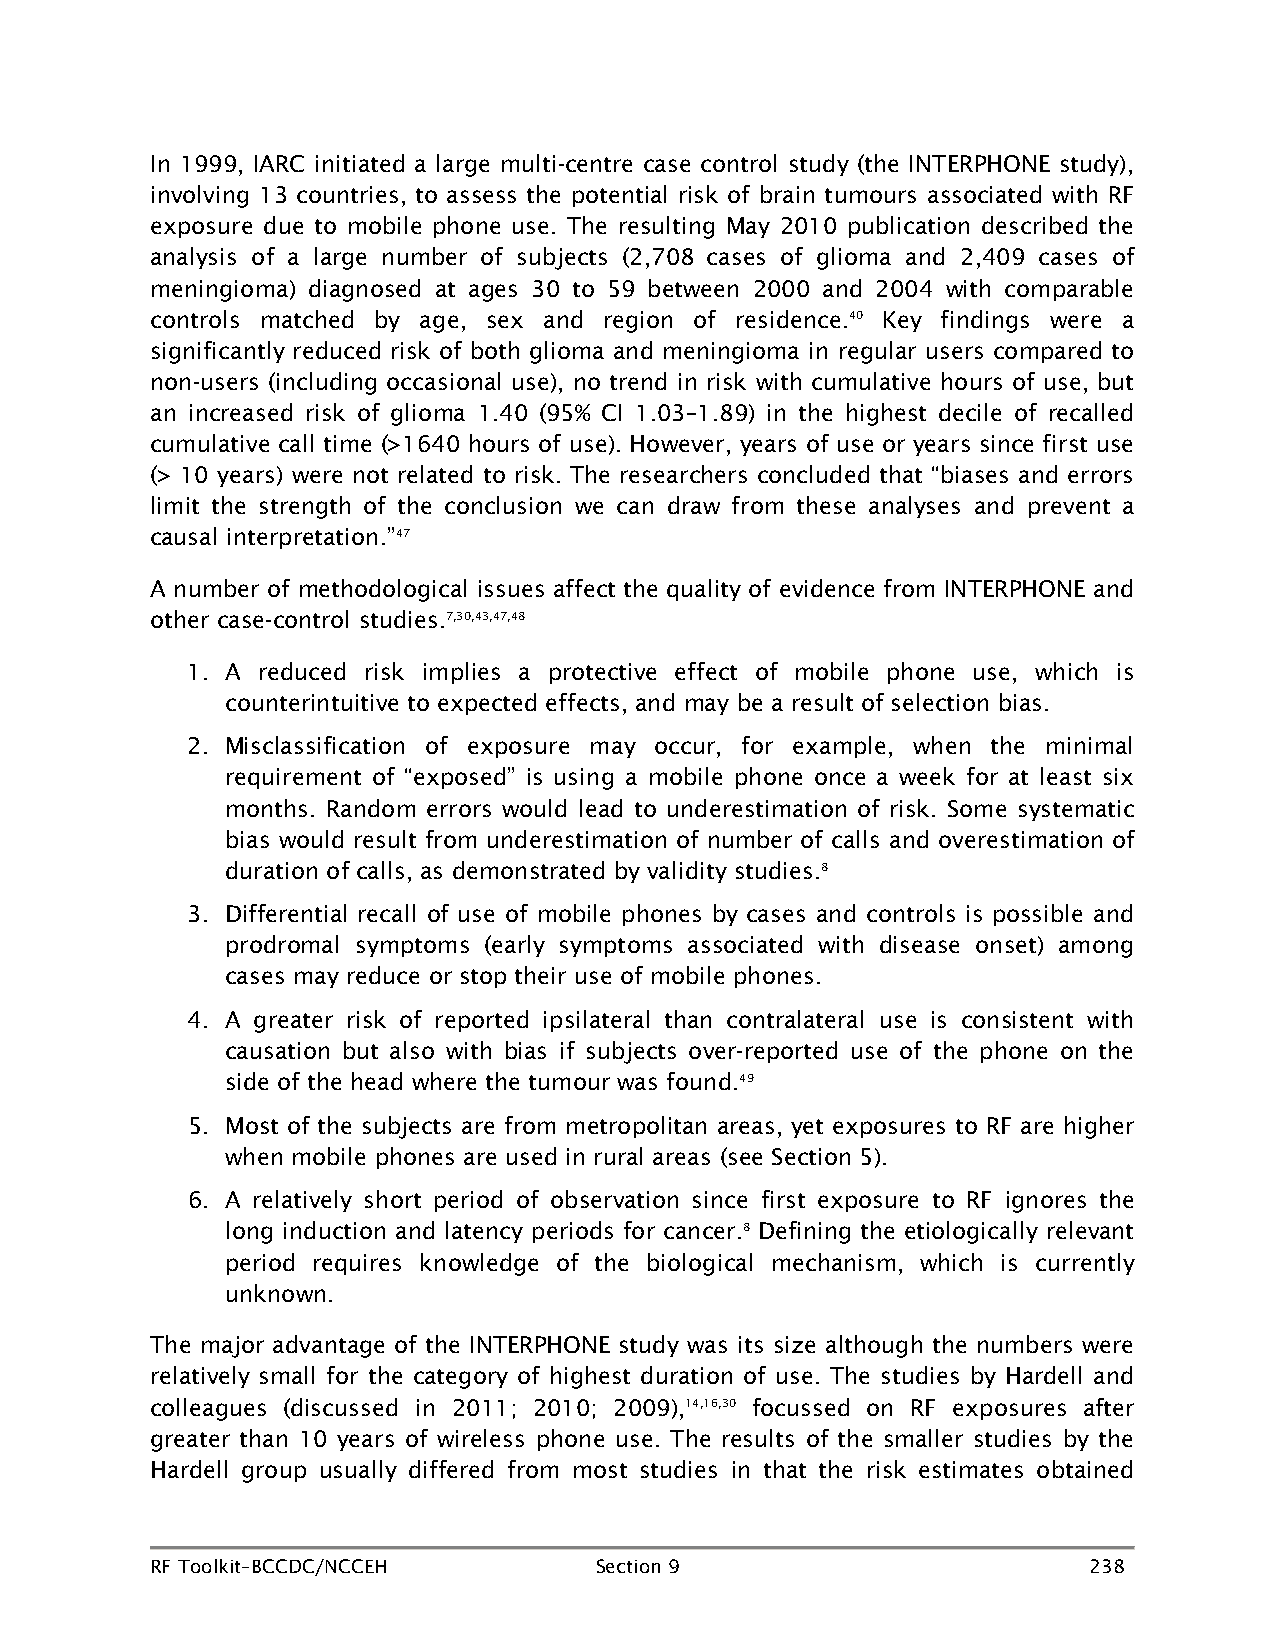
In 1999, IARC initiated a large multi-centre case control study (the INTERPHONE study),
 involving 13 countries, to assess the potential risk of brain tumours associated with RF
 exposure due to mobile phone use. The resulting May 2010 publication described the
 analysis of a large number of subjects (2,708 cases of glioma and 2,409 cases of
 meningioma) diagnosed at ages 30 to 59 between 2000 and 2004 with comparable
 controls matched by age, sex and region of residence.40 Key findings were a
 significantly reduced risk of both glioma and meningioma in regular users compared to
 non-users (including occasional use), no trend in risk with cumulative hours of use, but
 an increased risk of glioma 1.40 (95% CI 1.03–1.89) in the highest decile of recalled
 cumulative call time (>1640 hours of use). However, years of use or years since first use
 (> 10 years) were not related to risk. The researchers concluded that “biases and errors
 limit the strength of the conclusion we can draw from these analyses and prevent a
 causal interpretation.”47
 A number of methodological issues affect the quality of evidence from INTERPHONE and
 other case-control studies.7,30,43,47,48
 1. A reduced risk implies a protective effect of mobile phone use, which is
 counterintuitive to expected effects, and may be a result of selection bias.
 2. Misclassification of exposure may occur, for example, when the minimal
 requirement of “exposed” is using a mobile phone once a week for at least six
 months. Random errors would lead to underestimation of risk. Some systematic
 bias would result from underestimation of number of calls and overestimation of
 duration of calls, as demonstrated by validity studies.8
 3. Differential recall of use of mobile phones by cases and controls is possible and
 prodromal symptoms (early symptoms associated with disease onset) among
 cases may reduce or stop their use of mobile phones.
 4. A greater risk of reported ipsilateral than contralateral use is consistent with
 causation but also with bias if subjects over-reported use of the phone on the
 side of the head where the tumour was found.49
 5. Most of the subjects are from metropolitan areas, yet exposures to RF are higher
 when mobile phones are used in rural areas (see Section 5).
 6. A relatively short period of observation since first exposure to RF ignores the
 long induction and latency periods for cancer.8 Defining the etiologically relevant
 period requires knowledge of the biological mechanism, which is currently
 unknown.
 The major advantage of the INTERPHONE study was its size although the numbers were
 relatively small for the category of highest duration of use. The studies by Hardell and
 colleagues (discussed in 2011; 2010; 2009),14,16,30 focussed on RF exposures after
 greater than 10 years of wireless phone use. The results of the smaller studies by the
 Hardell group usually differed from most studies in that the risk estimates obtained
 RF Toolkit–BCCDC/NCCEH       Section 9                        238